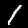
Digit: 1